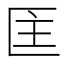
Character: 𭅘